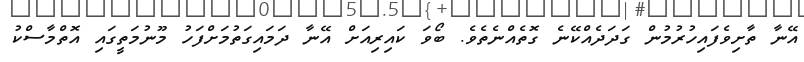
އޭނާ ތާށިވެފައިހުރުމުން ގަދަދެއްކޭނެ ގޮތެއްނެތެވެ. ބޯވަ ކައިރިއަށް އޭނާ ދަމައިގަތުމަށްފަހު މޫނުމަތީގައި އޮތްމާސްކު